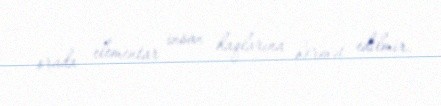
orada elementar insan haqlarına hörmət edilmir.